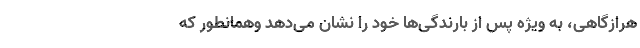
هرازگاهی، به ویژه پس از بارندگی‌ها خود را نشان می‌دهد وهمانطور که